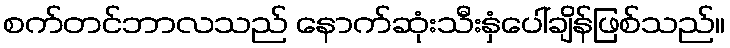
စက်တင်ဘာလသည် နောက်ဆုံးသီးနှံပေါ်ချိန်ဖြစ်သည်။